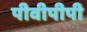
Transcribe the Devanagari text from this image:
पीवीपीपी